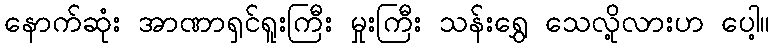
နောက်ဆုံး အာဏာရှင်ရူးကြီး မှုးကြီး သန်းရွှေ သေလို့လားဟ ပေါ့။